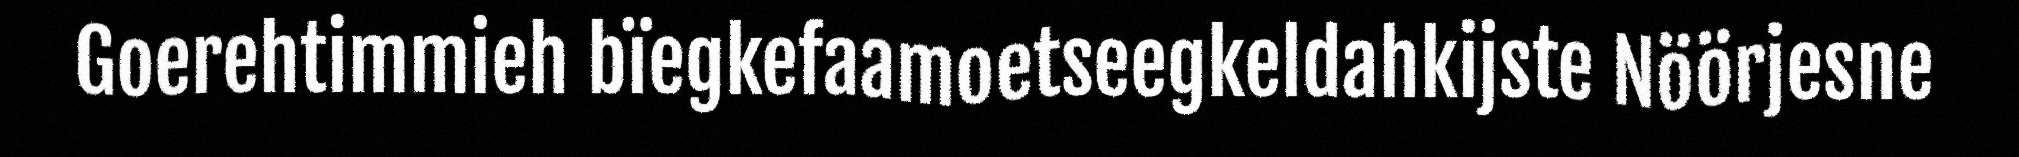
Goerehtimmieh bïegkefaamoetseegkeldahkijste Nöörjesne